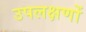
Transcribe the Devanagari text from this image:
उपलक्षणों